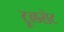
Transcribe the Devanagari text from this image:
टूलसेट